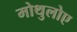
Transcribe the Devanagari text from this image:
मोथुलोए